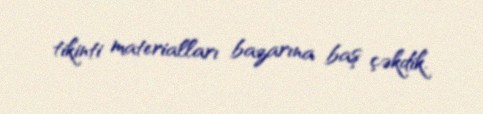
tikinti materialları bazarına baş çəkdik.